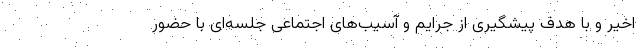
اخیر و با هدف پیشگیری از جرایم و آسیب‌های اجتماعی جلسه‌ای با حضور